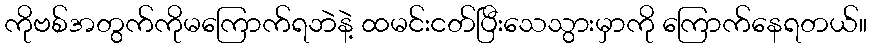
ကိုဗစ်အတွက်ကိုမကြောက်ရဘဲနဲ့ ထမင်းငတ်ပြီးသေသွားမှာကို ကြောက်နေရတယ်။